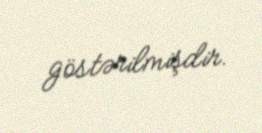
göstərilmişdir.